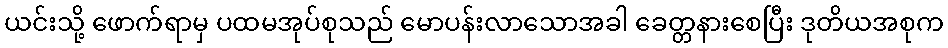
ယင်းသို့ ဖောက်ရာမှ ပထမအုပ်စုသည် မောပန်းလာသောအခါ ခေတ္တနားစေပြီး ဒုတိယအစုက